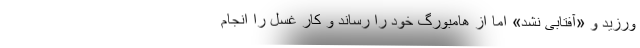
ورزید و «آفتابی نشد» اما از هامبورگ خود را رساند و کار غسل را انجام